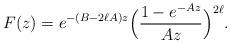
LaTeX: \begin{align*}F(z) = e^{-(B-2\ell A)z} \Big( \frac{1-e^{-Az}}{Az} \Big)^{2\ell}. \end{align*}